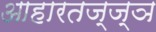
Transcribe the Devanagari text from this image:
आहारतज्ज्ञ